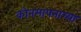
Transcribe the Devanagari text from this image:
कोनमापनाच्या